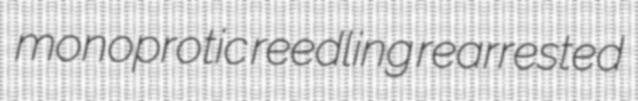
monoprotic reedling rearrested